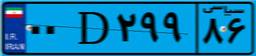
۶۹D۹۹۰۳۶